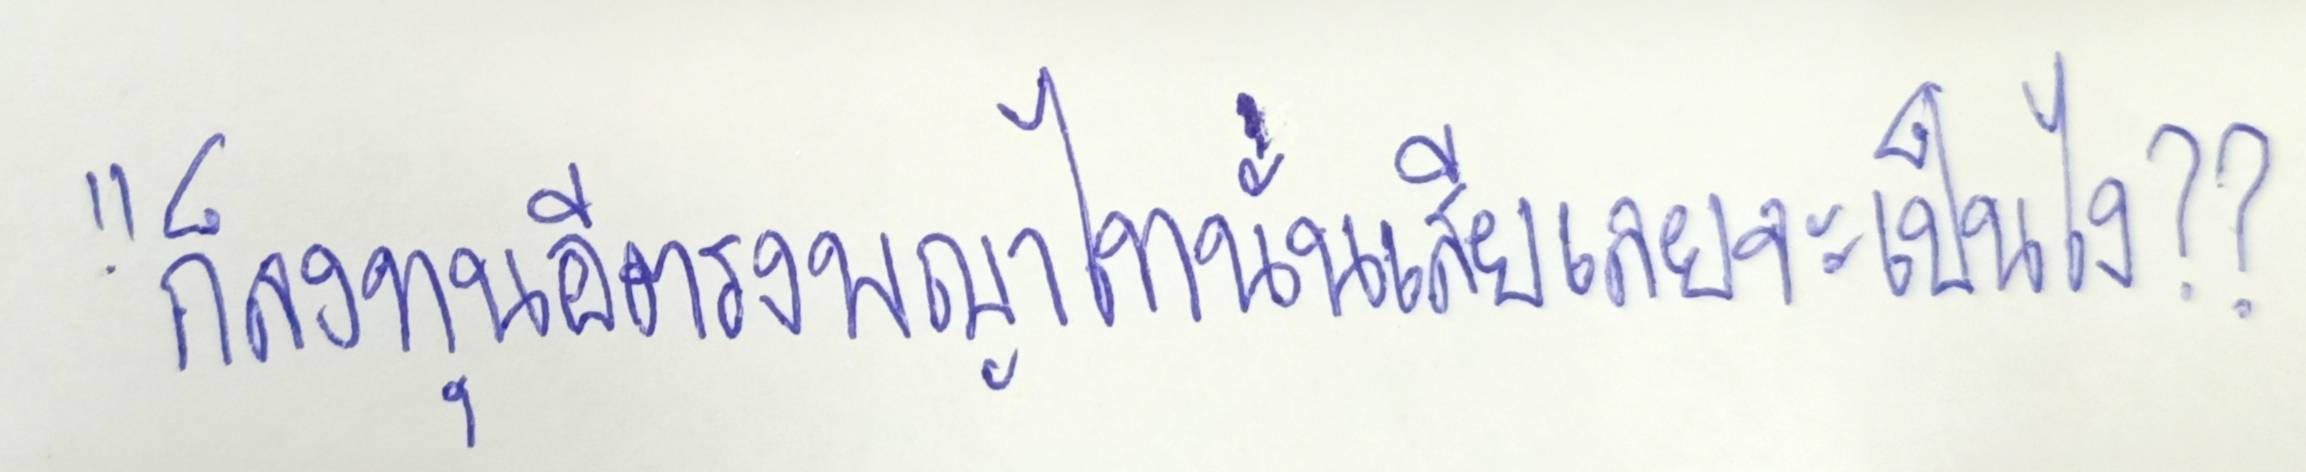
"ก็ลงทุนอีตรงพญาไทนั่นเสียเลยจะเป็นไง??